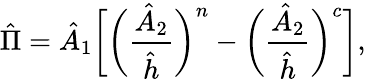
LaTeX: \hat{\Pi}=\hat{A}_{1}\bigg[\bigg(\frac{\hat{A}_{2}}{\hat{h}}\bigg)^{n}-\bigg(\frac{\hat{A}_{2}}{\hat{h}}\bigg)^{c}\bigg],